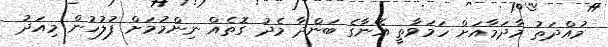
މުއްދަތު މާދަމާއަށް ހަމަވާތީ އޭނާގެ ބަންދާ މެދު ގޮތެއް ނިންމުމަށް ފުލުހުން މިއަދު